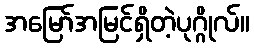
အမြော်အမြင်ရှိတဲ့ပုဂ္ဂိုလ်။